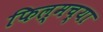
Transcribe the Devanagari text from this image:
फिल्मच्या